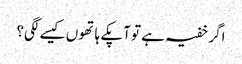
اگر خفیہ ہے تو آپکے ہاتھوں کیسے لگی؟